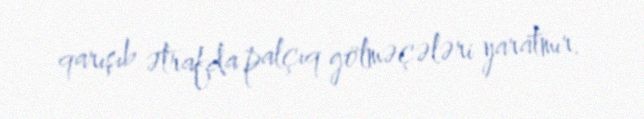
qarışıb ətrafda palçıq gölməçələri yaratmır.